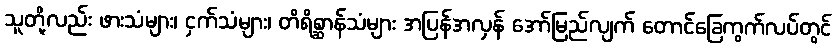
သူတို့လည်း ဖားသံများ၊ ငှက်သံများ၊ တိရိစ္ဆာန်သံများ အပြန်အလှန် အော်မြည်လျက် တောင်ခြေကွက်လပ်တွင်